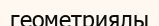
геометриялы